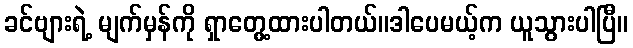
ခင်ဗျားရဲ့ မျက်မှန်ကို ရှာတွေ့ထားပါတယ်။ဒါပေမယ့်က ယူသွားပါပြီ။